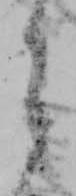
之